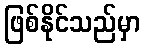
ဖြစ်နိုင်သည်မှာ